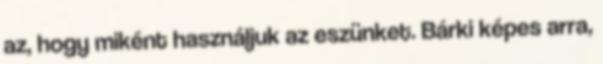
az, hogy miként használjuk az eszünket. Bárki képes arra,